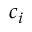
c _ { i }